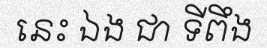
នេះ ឯង ជា ទីពឹង